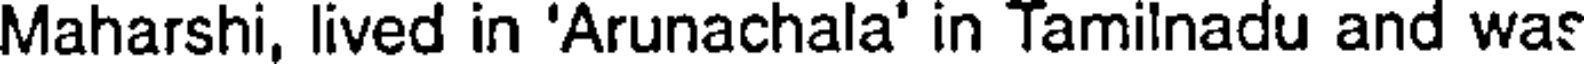
Maharshi, lived in 'Arunachala' in Tamilnadu and was